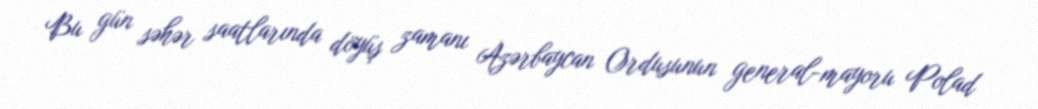
Bu gün səhər saatlarında döyüş zamanı Azərbaycan Ordusunun general-mayoru Polad